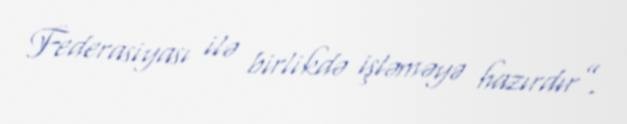
Federasiyası ilə birlikdə işləməyə hazırdır”.